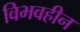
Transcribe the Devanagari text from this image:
विभवहीन